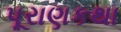
પૂરાણકથા